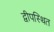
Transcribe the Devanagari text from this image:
द्वीपस्थित